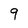
Character: 9